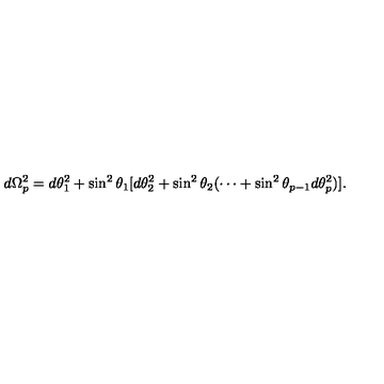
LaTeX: d \Omega _ { p } ^ { 2 } = d \theta _ { 1 } ^ { 2 } + \sin ^ { 2 } \theta _ { 1 } [ d \theta _ { 2 } ^ { 2 } + \sin ^ { 2 } \theta _ { 2 } ( \cdots + \sin ^ { 2 } \theta _ { p - 1 } d \theta _ { p } ^ { 2 } ) ] .